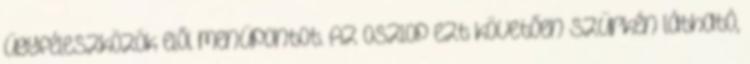
ügyféleszközök elől menüpontot. Az oszlop ezt követően szürkén látható,